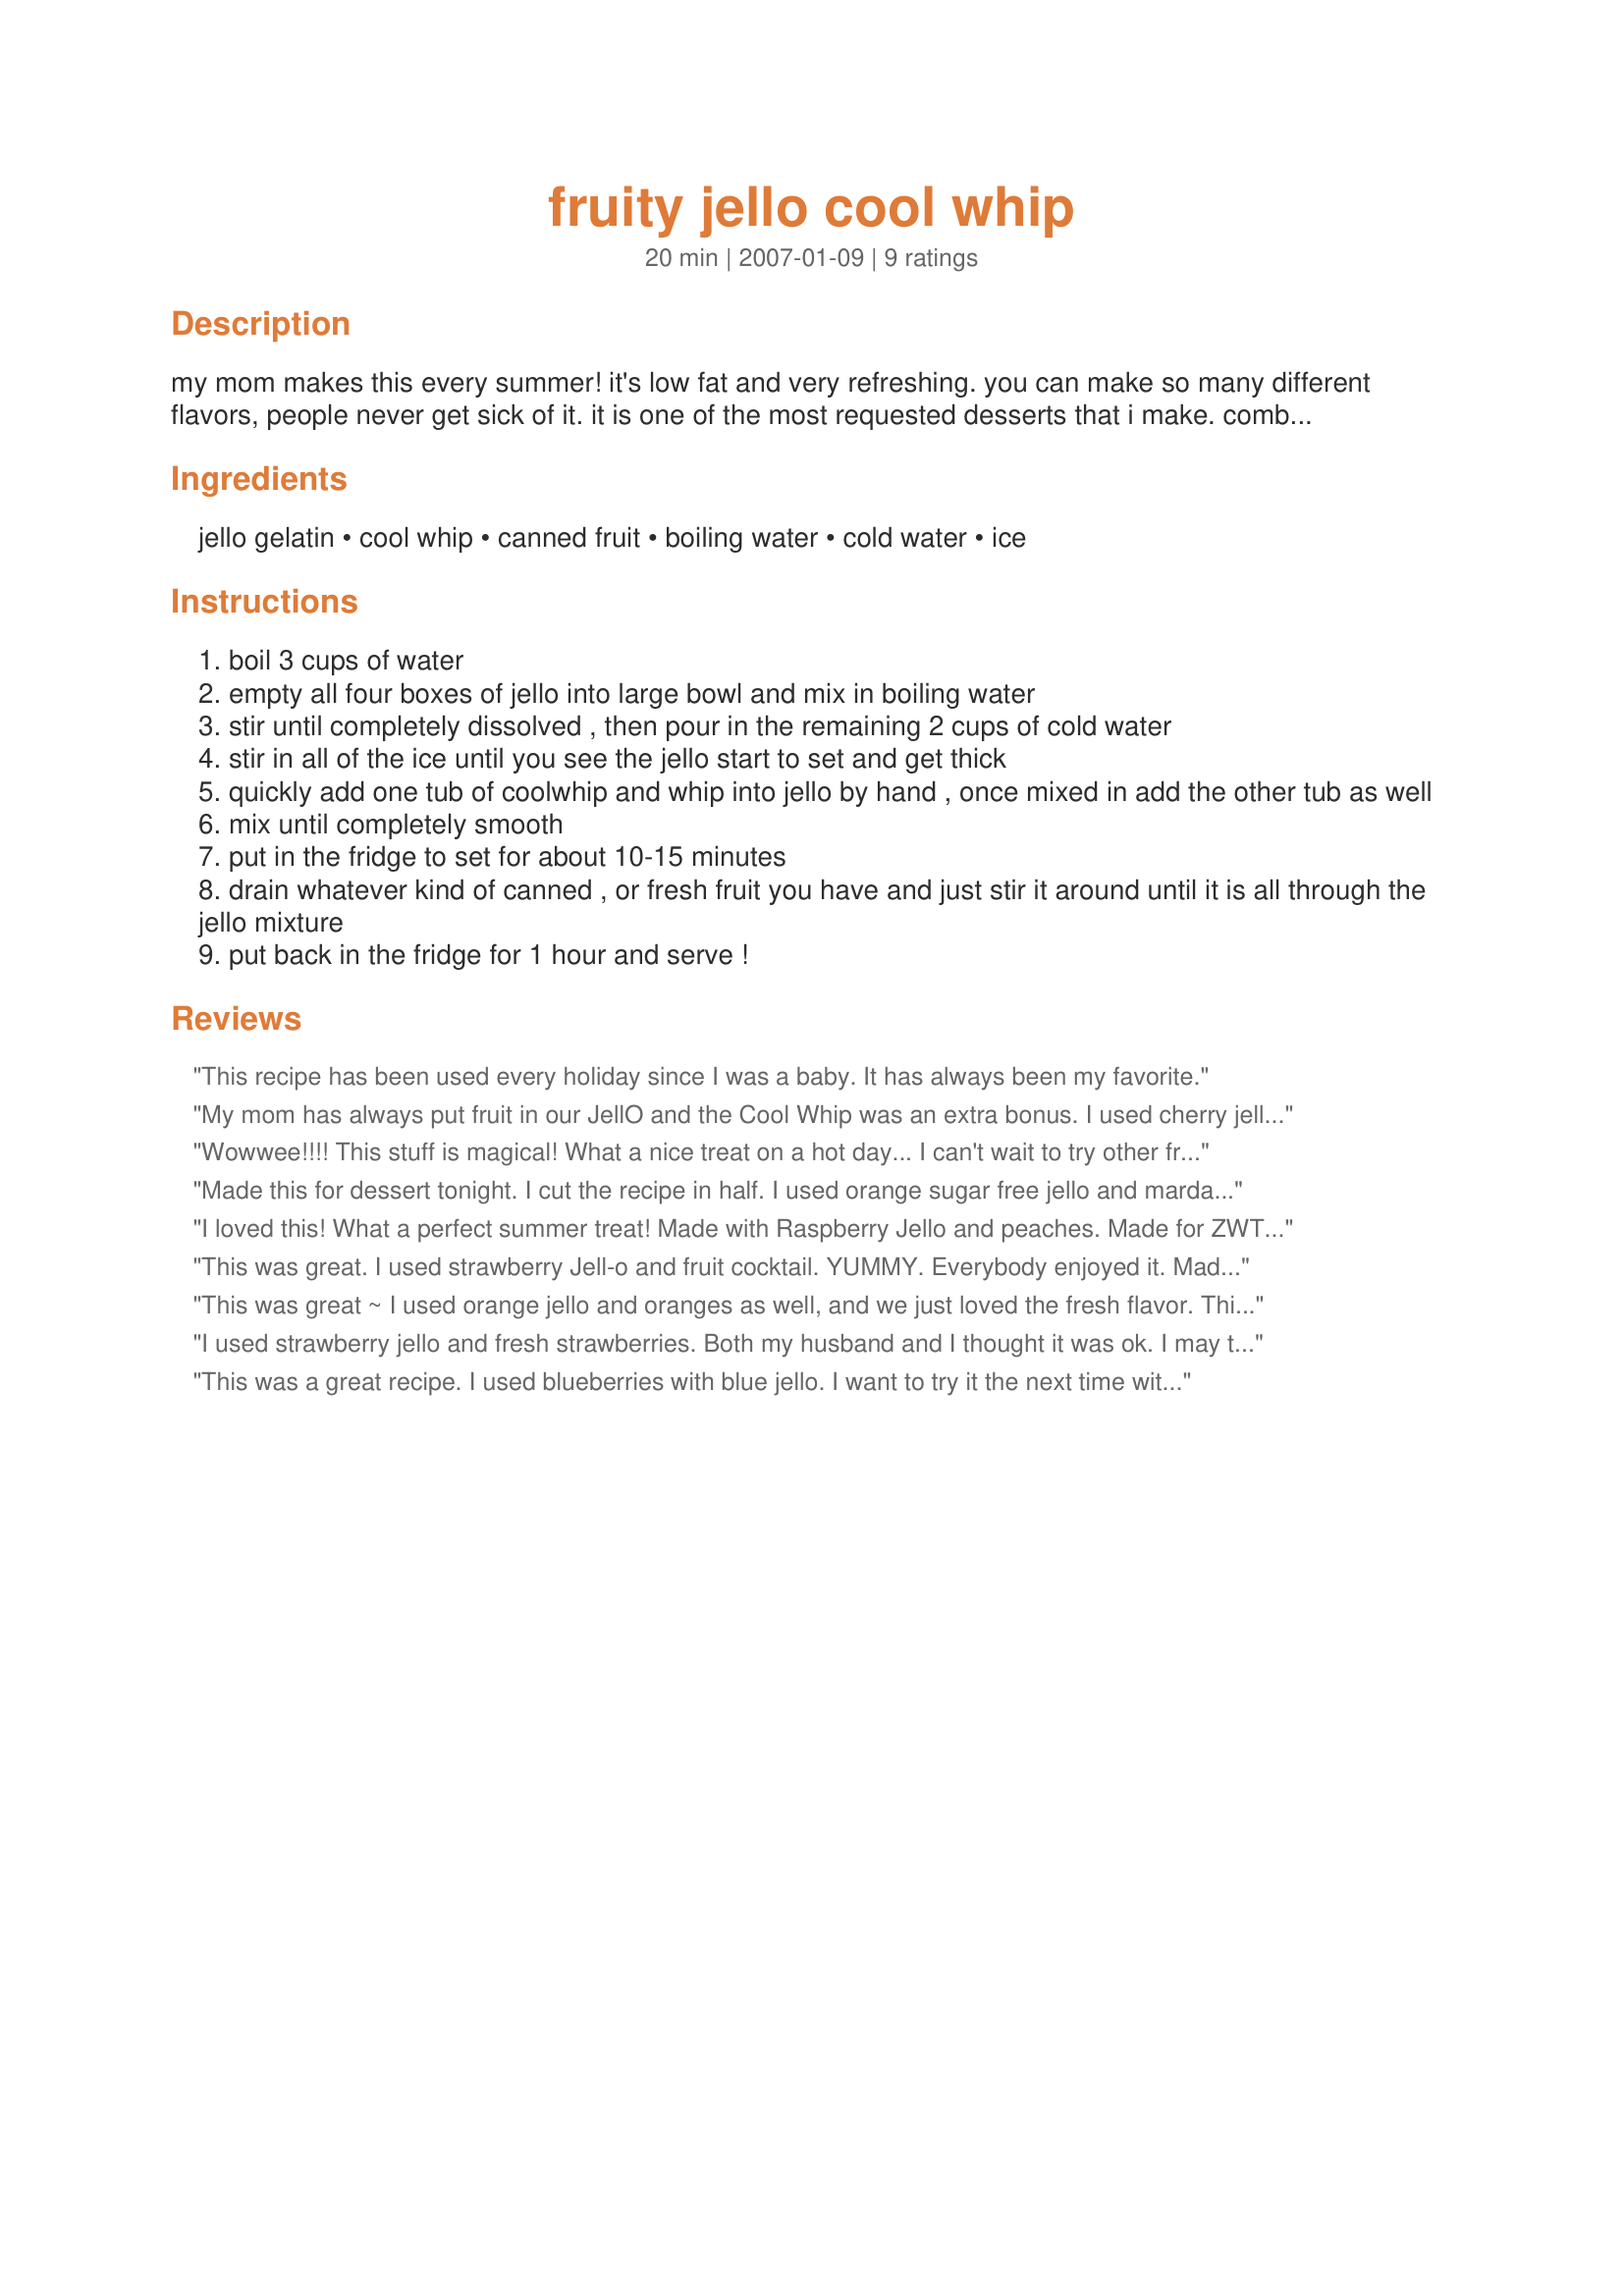
fruity jello cool whip
Preparation time: 20 minutes

my mom makes this every summer! it's low fat and very refreshing. you can make so many different flavors, people never get sick of it. it is one of the most requested desserts that i make.
combination examples:.
orange jello & mandarine oranges.
cherry jello & maracino cherries.
strawberry jello & chopped strawberries.
blueberry jello & blueberries.
(you get the picture! endless possibilities.).

Ingredients:
jello gelatin, cool whip, canned fruit, boiling water, cold water, ice

Steps:
boil 3 cups of water
empty all four boxes of jello into large bowl and mix in boiling water
stir until completely dissolved , then pour in the remaining 2 cups of cold water
stir in all of the ice until you see the jello start to set and get thick
quickly add one tub of coolwhip and whip into jello by hand , once mixed in add the other tub as well
mix until completely smooth
put in the fridge to set for about 10-15 minutes
drain whatever kind of canned , or fresh fruit you have and just stir it around until it is all through the jello mixture
put back in the fridge for 1 hour and serve !

Reviews:
This recipe has been used every holiday since I was a baby. It has always been my favorite.
My mom has always put fruit in our JellO and the Cool Whip was an extra bonus. I used cherry jello and 2 cans of fruit cocktail with extra cherries. This is so good and everyone loves jello. Next time I think I will try lime jello with pears! Made and reviewed for ZWT 4.
Wowwee!!!! This stuff is magical! What a nice treat on a hot day... I can't wait to try other fruit combintations! I have already made it with different jello flavors...lemon, orange, strawberry banana, lime and blueberry! I think the favorite in my house was blueberry :) Great recipe!
Made this for dessert tonight. I cut the recipe in half. I used orange sugar free jello and mardarine oranges. I made this as written other then my cool whip as 8 ounces instead of 10. We all enjoyed this. Will be making again as it is made with ingredients I normally have on hand.. Made for Fall PAC 2008.
I loved this! What a perfect summer treat! Made with Raspberry Jello and peaches. Made for ZWT5 Groovy GastroGnomes.
This was great. I used strawberry Jell-o and fruit cocktail. YUMMY. Everybody enjoyed it. Made for ZWT 5 for Sultans of Spice.
This was great ~ I used orange jello and oranges as well, and we just loved the fresh flavor. This is an easy recipe to put together and the kids love it! Thanks Sarah, for bringing back some memories :) Made for POTLUCK TAG, March 2009.
I used strawberry jello and fresh strawberries. Both my husband and I thought it was ok. I may try some other combination.
This was a great recipe. I used blueberries with blue jello. I want to try it the next time with strawberry. Prepared for PAC spring '08.
